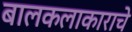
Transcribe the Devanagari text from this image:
बालकलाकाराचे